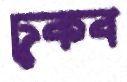
ঢুকব